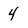
Character: 4